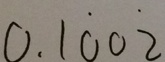
0 . 1 \dot { 0 } 0 \dot { 2 }